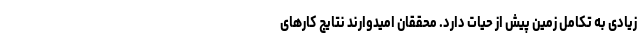
زیادی به تکامل زمین پیش از حیات دارد. محققان امیدوارند نتایج کارهای